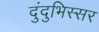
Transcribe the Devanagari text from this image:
दुंदुभिस्सर